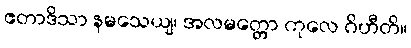
ဧတာဒိသာ နမသေယျ၊ အလမတ္တော ကုလေ ဂိဟီတိ။